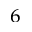
^ 6